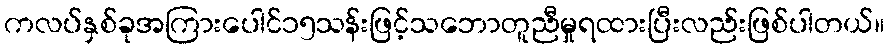
ကလပ်နှစ်ခုအကြားပေါင်၁၅သန်းဖြင့်သဘောတူညီမှုရထားပြီးလည်းဖြစ်ပါတယ်။